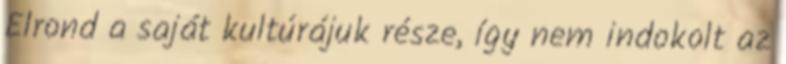
Elrond a saját kultúrájuk része, így nem indokolt az